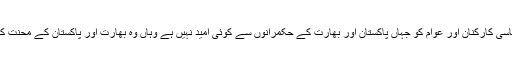
سب سے اہم بات اس تحریک میں شامل سیاسی کارکنان اور عوام کو جہاں پاکستان اور بھارت کے حکمرانوں سے کوئی امید نہیں ہے وہاں وہ بھارت اور پاکستان کے محنت کش طبقہ سے یکجہتی کی اپیل کررہے ہیں۔